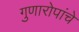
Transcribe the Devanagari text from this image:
गुणारोपांचे